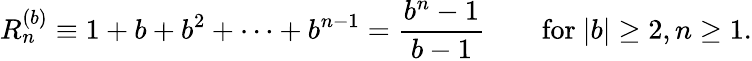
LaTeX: R_{n}^{(b)}\equiv 1+b+b^{2}+\cdots+b^{n-1}={\frac{b^{n}-1}{b-1}}\qquad{\mathrm{for~}}|b|\geq 2,n\geq 1.